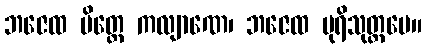
ဘဇေထ မိတ္တေ ကလျာဏေ၊ ဘဇေထ ပုရိသုတ္တမေ။